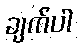
ချက်ပါ